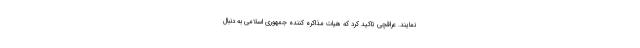
نمایند. عراقچی تاکید کرد که هیات مذاکره کننده جمهوری اسلامی به دنبال